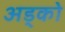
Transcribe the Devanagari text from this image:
अड्को